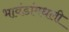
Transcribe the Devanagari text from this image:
भावंडांमधली